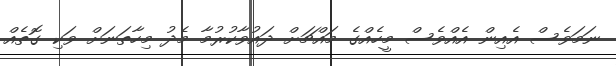
ނަމަވެސް އެއިން އެއްވެސް މީހެއްގެ މައްޗަށް ދައުވާކުރުމާ މެދު މިހާތަނަށް ވަކި ގޮތެއް